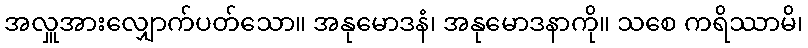
အလှူအားလျှောက်ပတ်သော။ အနုမောဒနံ၊ အနုမောဒနာကို။ သစေ ကရိဿာမိ၊